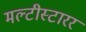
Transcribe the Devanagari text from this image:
मल्टीस्टारर